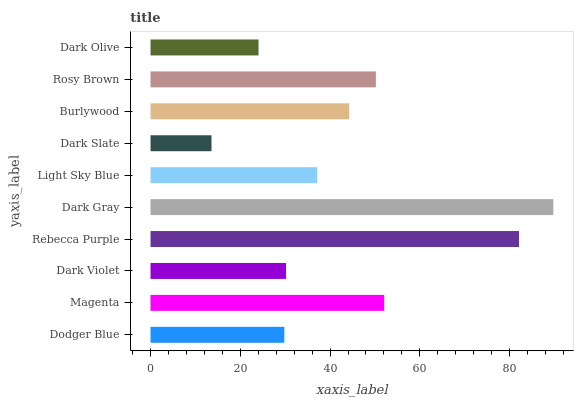
| yaxis_label | bars |
 | --- | --- |
 | Dodger Blue | 29.8 |
 | Magenta | 52.1 |
 | Dark Violet | 30.2 |
 | Rebecca Purple | 82.1 |
 | Dark Gray | 89.8 |
 | Light Sky Blue | 37.1 |
 | Dark Slate | 13.6 |
 | Burlywood | 44.3 |
 | Rosy Brown | 50.2 |
 | Dark Olive | 24.1 |